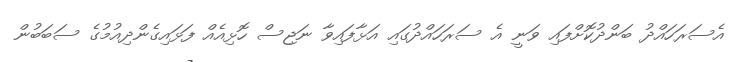
އެސަރަހައްދު ބަންދުކޮށްފައި ވަނީ އެ ސަރަހައްދުގައި އަޅާފައިވާ ނަޖިސް ހޮޅިއެއް ފަޅައިގެންދިއުމުގެ ސަބަބުން